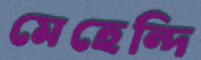
মেহেন্দি